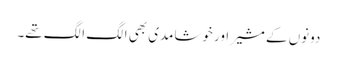
دونوں کے مشیر اور خوشامدی بھی الگ الگ تھے۔